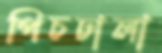
পিচঢালা